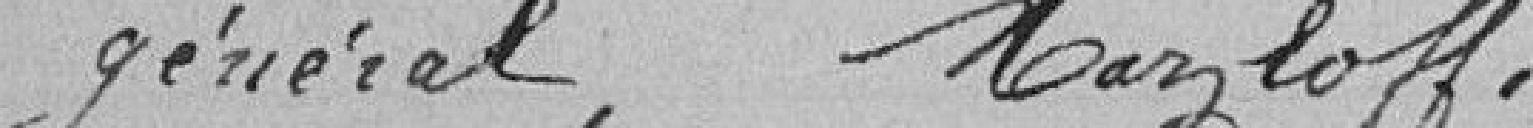
général, Mazloff